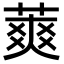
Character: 䔪